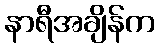
နာရီအချိန်က